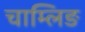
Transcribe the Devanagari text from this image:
चाम्लिङ